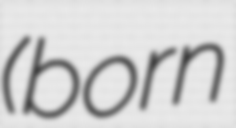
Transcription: (born